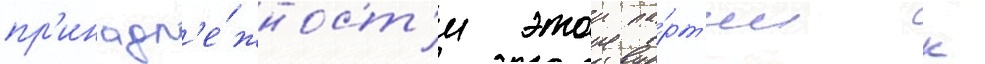
пр'инадл'е́жност'и этои па́рт'ии к